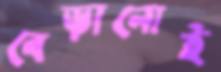
বেড়ানোই